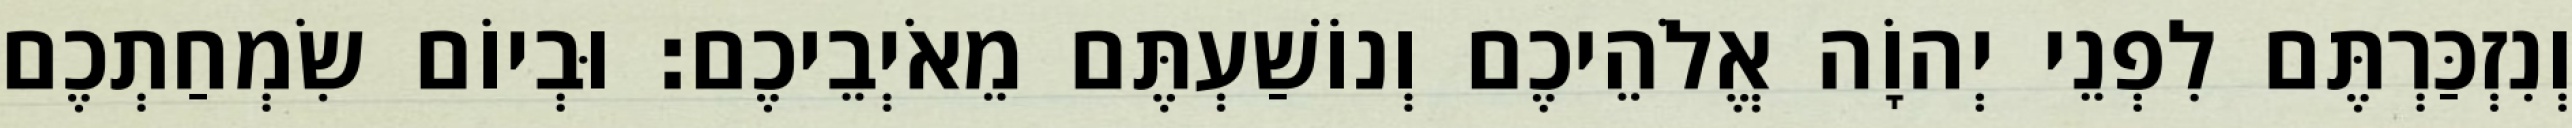
וְנִזְכַּרְתֶּם לִפְנֵי יְהוָֹה אֱלֹהֵיכֶם וְנוֹשַׁעְתֶּם מֵאֹיְבֵיכֶם׃ וּבְיוֹם שִׂמְחַתְכֶם